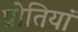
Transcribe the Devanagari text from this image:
प्रोतियां